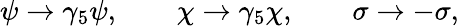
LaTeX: \psi\rightarrow\gamma_{5}\psi,\qquad\chi\rightarrow\gamma_{5}\chi,\qquad\sigma\rightarrow-\sigma,